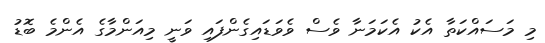
މި މަސައްކަތާ އެކު އެކަމަނާ ވެސް ވެވަޑައިގެންފައި ވަނީ މިއަންމާގެ އެންމެ ބޮޑު